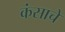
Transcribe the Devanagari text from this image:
कंसाचे